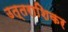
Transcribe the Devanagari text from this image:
उत्तराशिकर